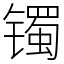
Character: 镯